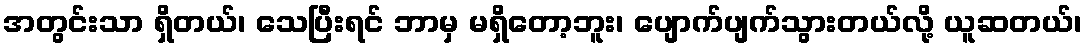
အတွင်းသာ ရှိတယ်၊ သေပြီးရင် ဘာမှ မရှိတော့ဘူး၊ ပျောက်ပျက်သွားတယ်လို့ ယူဆတယ်၊